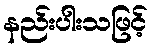
နည်းပါးသဖြင့်